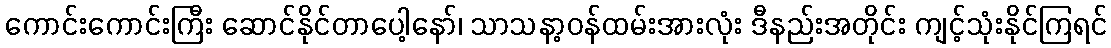
ကောင်းကောင်းကြီး ဆောင်နိုင်တာပေါ့နော်၊ သာသနာ့ဝန်ထမ်းအားလုံး ဒီနည်းအတိုင်း ကျင့်သုံးနိုင်ကြရင်